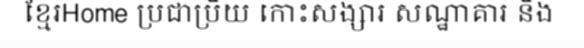
ខ្មែរHome ប្រជាប្រិយ កោះសង្សារ សណ្ឋាគារ និង